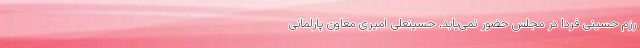
رزم حسینی فردا در مجلس حضور نمی‌یابد. حسینعلی امیری معاون پارلمانی